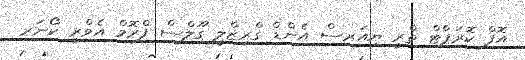
އޮފް ކޮރަޕްޓް ތްރީ ޔިއަރސް އެންޑް ގްރިޒްލީ ގޫލްސް ފްރޮމް އެވްރީ ކޯނަރ